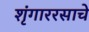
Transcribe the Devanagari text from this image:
शृंगाररसाचे